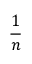
\frac { 1 } { n }